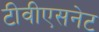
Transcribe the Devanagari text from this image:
टीवीएसनेट